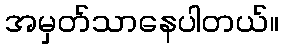
အမှတ်သာနေပါတယ်။